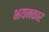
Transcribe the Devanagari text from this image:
भयनकार